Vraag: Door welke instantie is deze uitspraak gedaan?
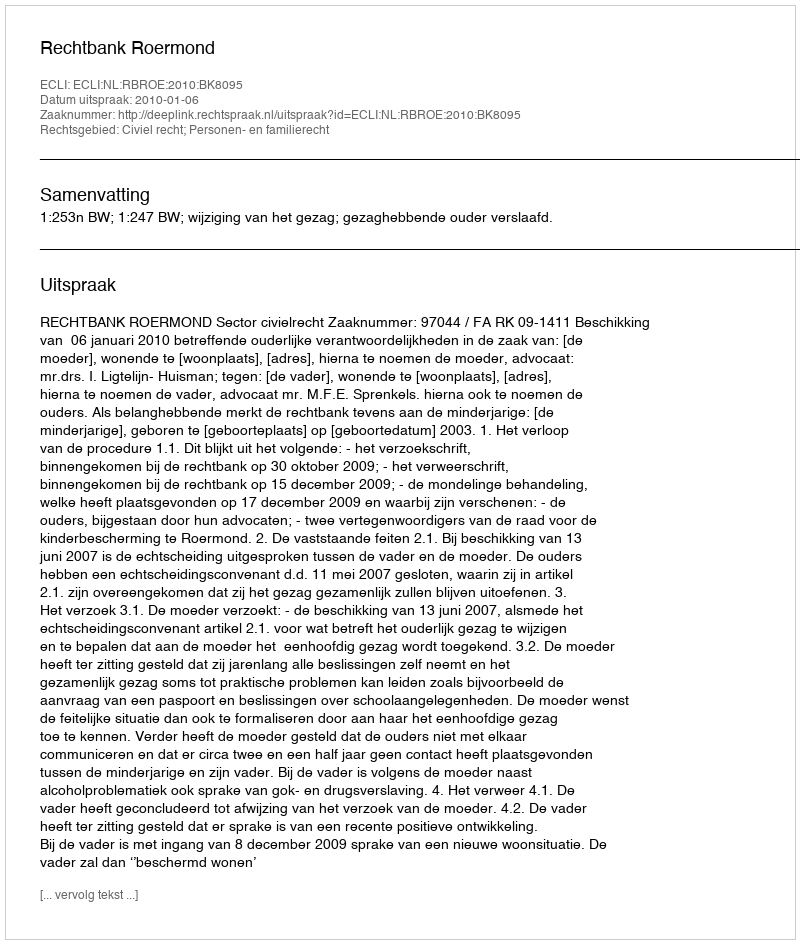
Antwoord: Rechtbank Roermond